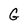
Character: G